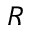
R